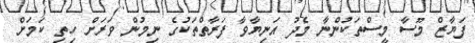
ފަޔާޒް މޫސާ މީސްތަކުންނާ މެދު އަނިޔާވާ ފަރާތްތަކުގެ ނިމުން ވަރަށް ހިތި ކަަމަށް